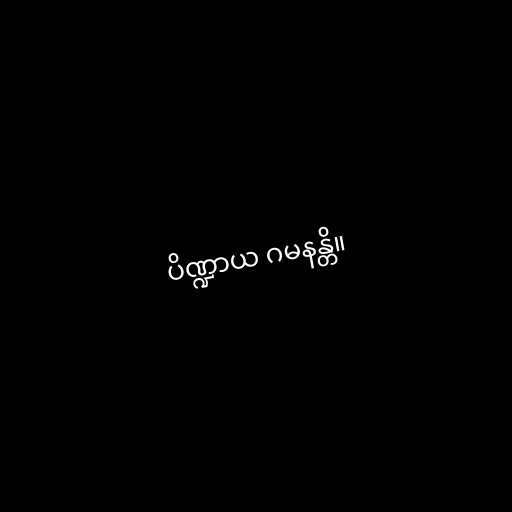
ပိဏ္ဍာယ ဂမနန္တိ။